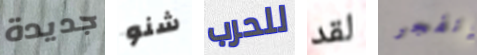
جديدة شنو للحرب لقد إنفجر